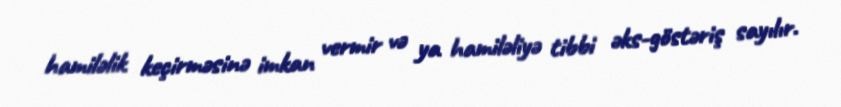
hamiləlik keçirməsinə imkan vermir və ya hamiləliyə tibbi əks-göstəriş sayılır.